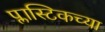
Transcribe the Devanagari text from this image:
प्लास्टिकच्या